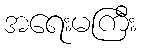
အရေးမကြီး